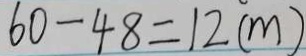
6 0 - 4 8 = 1 2 ( m )